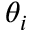
\theta _ { i }